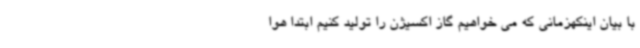
با بیان اینکهزمانی که می خواهیم گاز اکسیژن را تولید کنیم ابتدا هوا